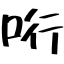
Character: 哘